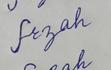
Signature authenticity: forged